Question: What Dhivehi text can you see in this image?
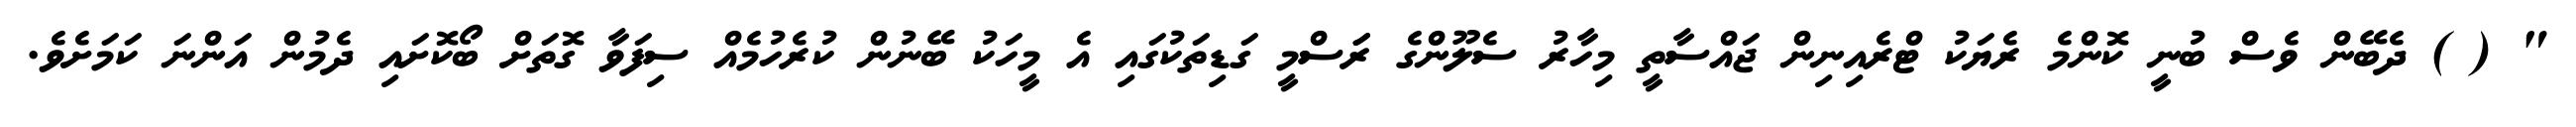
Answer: " ( ) ދެބޭން ވެސް ބުނީ ކޮންމެ ރެޔަކު ޓްރެއިނިން ޖައްސާތީ މިހާރު ސެލޫންގެ ރަަސްމީ ގަޑިތަކުގައި އެ މީހަކު ބޭނުން ކުރެހުމެއް ސިފަވާ ގޮތަށް ބޯކޮށައި ދެމުން އަންނަ ކަމަށެވެ.